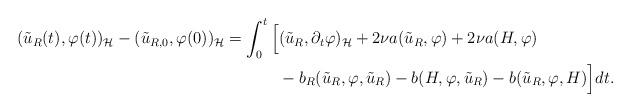
LaTeX: \begin{align*}(\tilde{u}_R(t),\varphi(t))_{\mathcal{H}}-(\tilde{u}_{R,0},\varphi(0))_{\mathcal{H}}= \int_0^t \Big[&(\tilde{u}_R,\partial_t \varphi)_{\mathcal{H}}+2\nu a(\tilde{u}_R,\varphi)+2\nu a(H,\varphi) \\ & -b_R(\tilde{u}_R,\varphi,\tilde{u}_R)-b(H,\varphi,\tilde{u}_R)-b(\tilde{u}_R,\varphi, H) \Big]dt.\end{align*}